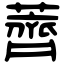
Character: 薺